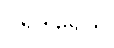
ပရဒါရေသု